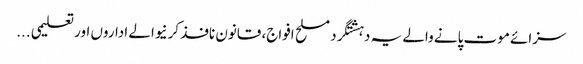
سزائے موت پانے والے یہ دہشتگرد مسلح افواج، قانون نافذ کرنیوالے اداروں اور تعلیمی ...